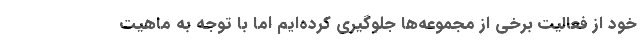
خود از فعالیت برخی از مجموعه‌ها جلوگیری کرده‌ایم اما با توجه به ماهیت